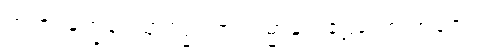
ဣဏု’က္ခေပေသု ဥဒ္ဓါရော၊ ဥမ္မာရေ ဧဠကော အဇေ။